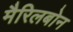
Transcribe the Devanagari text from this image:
मैरिलबोन